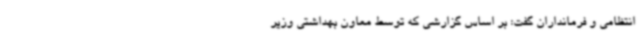
انتظامی و فرمانداران گفت: بر اساس گزارشی که توسط معاون بهداشتی وزیر